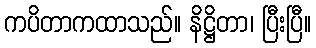
ကပိတာကထာသည်။ နိဋ္ဌိတာ၊ ပြီးပြီ။